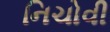
નિચોવી